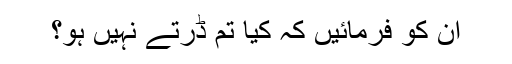
ان کو فرمائیں کہ کیا تم ڈرتے نہیں ہو؟